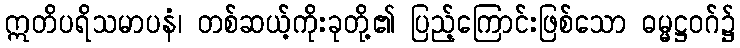
ဣတိပရိသမာပနံ၊ တစ်ဆယ့်ကိုးခုတို့၏ ပြည့်ကြောင်းဖြစ်သော ဓမ္မဋ္ဌဝဂ်၌